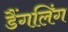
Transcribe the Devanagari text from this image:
डैंगलिंग